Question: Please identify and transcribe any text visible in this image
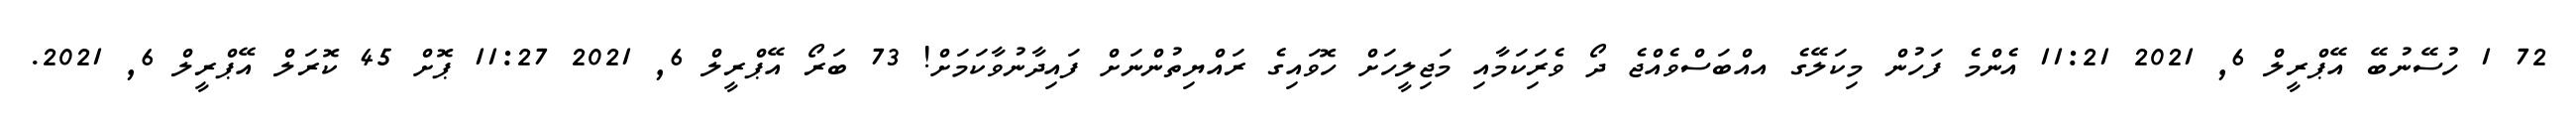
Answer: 72 1 ހުސޭނުބޭ އޭޕްރީލް 6, 2021 11:21 އެންމެ ފަހުން މިކަލޭގެ އއްބަސްވެއްޖެ ދޯ ވެރިަކަމާއި މަޖިލީހަށް ހޮވައިގެ ރައްޔިތުންނަށް ފައިދާނުވާކަމަށް! 73 ބަރޯ އޭޕްރީލް 6, 2021 11:27 ޕޮށް 45 ކޮރަލް އޭޕްރީލް 6, 2021.